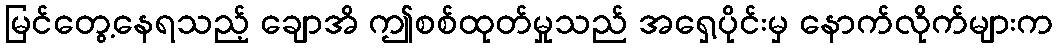
မြင်တွေ့နေရသည့် ချောအိ ဤစစ်ထုတ်မှုသည် အရှေ့ပိုင်းမှ နောက်လိုက်များက